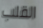
القلب